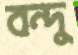
বন্দু